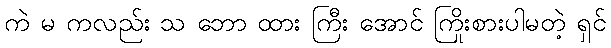
ကဲ မ ကလည်း သ ဘော ထား ကြီး အောင် ကြိုးစားပါမတဲ့ ရှင်